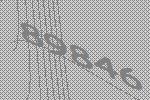
89846